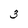
Character: 3